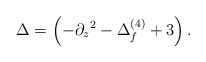
\begin{align*}\Delta=\left (-\partial_ z{}^2-\Delta^{(4)}_f+3\right).\end{align*}